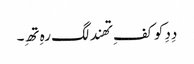
دِدِ کو کفِ تھند لگ رہِ تھِ۔